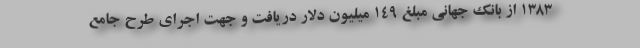
۱۳۸۳ از بانک جهانی مبلغ ۱۴۹ میلیون دلار دریافت و جهت اجرای طرح جامع